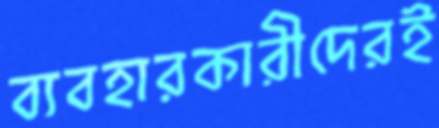
ব্যবহারকারীদেরই